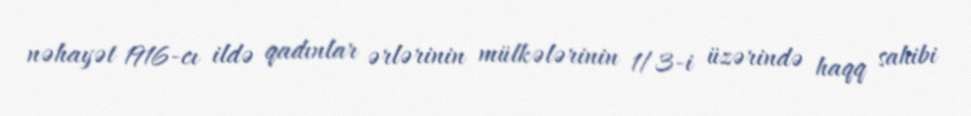
nəhayət 1916-cı ildə qadınlar ərlərinin mülkələrinin 1/3-i üzərində haqq sahibi